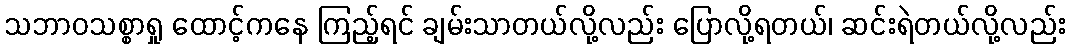
သဘာဝသစ္စာရှု ထောင့်ကနေ ကြည့်ရင် ချမ်းသာတယ်လို့လည်း ပြောလို့ရတယ်၊ ဆင်းရဲတယ်လို့လည်း